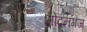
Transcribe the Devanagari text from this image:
मोदनगंज